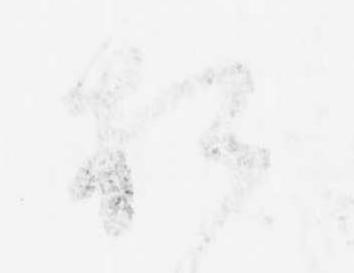
相